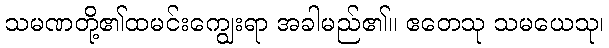
သမဏတို့၏ထမင်းကျွေးရာ အခါမည်၏။ ဧတေသု သမယေသု၊